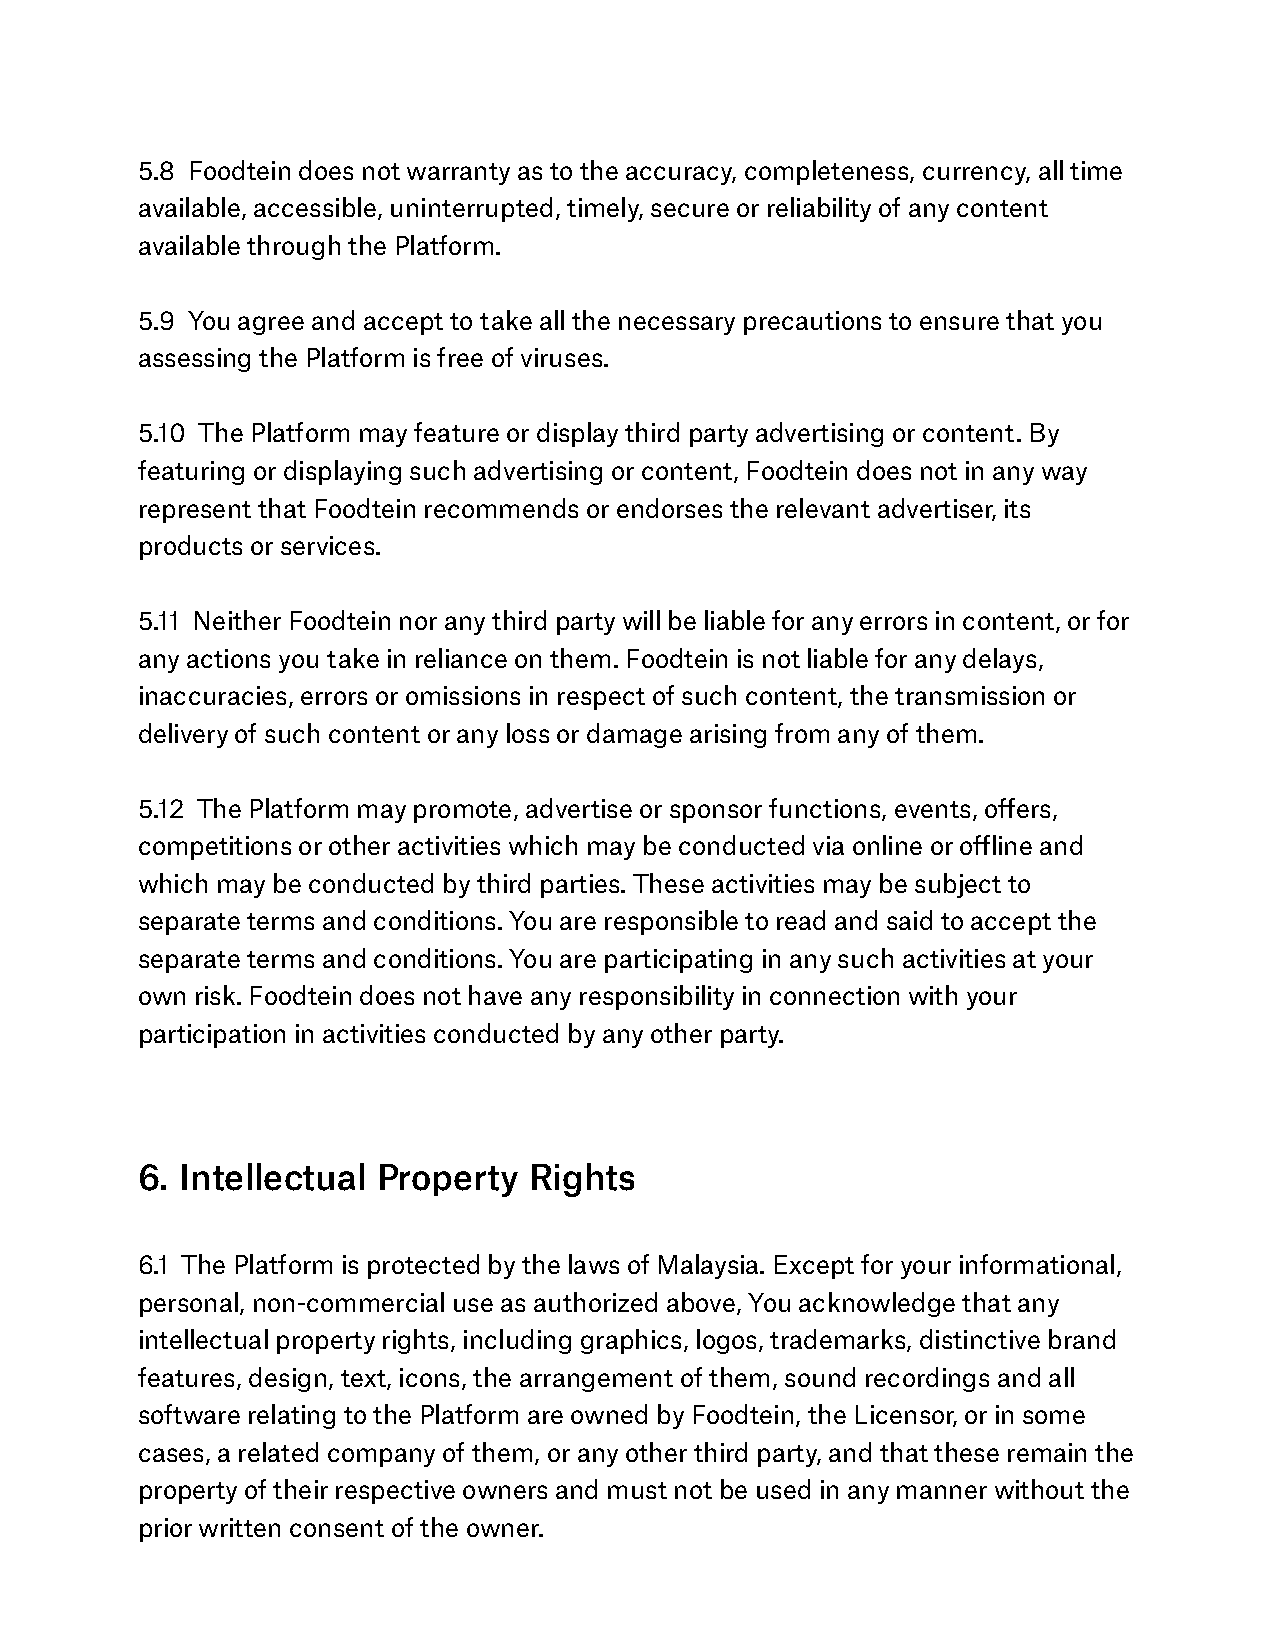
5.8 Foodtein does not warranty as to the accuracy, completeness, currency, all time
 available, accessible, uninterrupted, timely, secure or reliability of any content
 available through the Platform.
 5.9 You agree and accept to take all the necessary precautions to ensure that you
 assessing the Platform is free of viruses.
 5.10 The Platform may feature or display third party advertising or content. By
 featuring or displaying such advertising or content, Foodtein does not in any way
 represent that Foodtein recommends or endorses the relevant advertiser, its
 products or services.
 5.11 Neither Foodtein nor any third party will be liable for any errors in content, or for
 any actions you take in reliance on them. Foodtein is not liable for any delays,
 inaccuracies, errors or omissions in respect of such content, the transmission or
 delivery of such content or any loss or damage arising from any of them.
 5.12 The Platform may promote, advertise or sponsor functions, events, offers,
 competitions or other activities which may be conducted via online or offline and
 which may be conducted by third parties. These activities may be subject to
 separate terms and conditions. You are responsible to read and said to accept the
 separate terms and conditions. You are participating in any such activities at your
 own risk. Foodtein does not have any responsibility in connection with your
 participation in activities conducted by any other party.
 6. Intellectual Property  Rights
 6.1 The Platform is protected by the laws of Malaysia. Except for your informational,
 personal, non-commercial use as authorized above, You acknowledge that any
 intellectual property rights, including graphics, logos, trademarks, distinctive brand
 features, design, text, icons, the arrangement of them, sound recordings and all
 software relating to the Platform are owned by Foodtein, the Licensor, or in some
 cases, a related company of them, or any other third party, and that these remain the
 property of their respective owners and must not be used in any manner without the
 prior written consent of the owner.